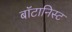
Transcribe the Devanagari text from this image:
बाॅटानिस्ट